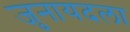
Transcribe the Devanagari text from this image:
जुनायदला